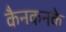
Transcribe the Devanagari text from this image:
कैनकनके